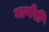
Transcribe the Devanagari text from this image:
घाणेरी